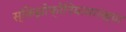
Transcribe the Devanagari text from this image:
स्किझोफ्रेनियासारख्या